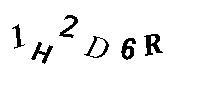
1H2D6R